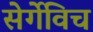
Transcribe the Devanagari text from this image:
सेर्गेविच